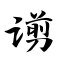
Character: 谫